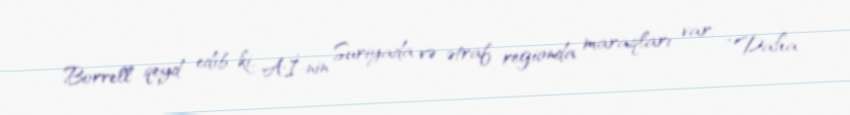
Borrell qeyd edib ki, Aİ-nin Suriyada və ətraf regionda maraqları var: “Daha